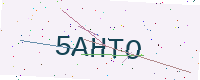
Text: 5AHTO